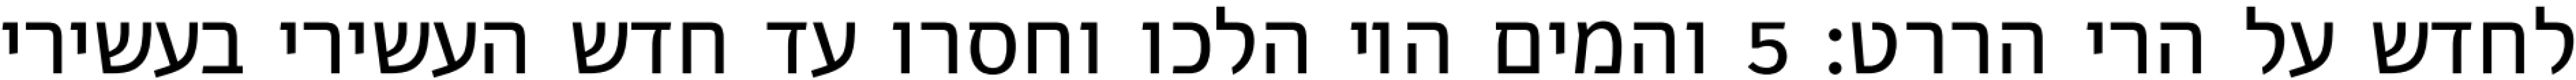
לחדש על הרי הררט׃ ‎5‏ והמים היו הלכו וחסרו עד חדש העשירי בעשירי